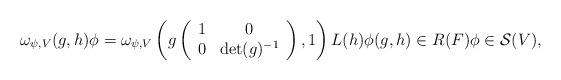
LaTeX: \begin{align*} \omega_{\psi,V}(g,h)\phi = \omega_{\psi,V}\left(g\left(\begin{array}{cc} 1 & 0 \\ 0 & \det(g)^{-1}\end{array}\right),1\right)L(h)\phi (g,h) \in R(F) \phi \in \mathcal S(V), \end{align*}